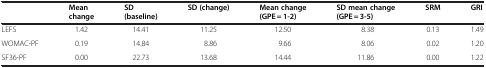
|  | Mean change | SD (baseline) | SD (change) | Mean change (GPE = 1-2) | SD mean change (GPE = 3-5) | SRM | GRI |
 | --- | --- | --- | --- | --- | --- | --- | --- |
 | LEFS | 1.42 | 14.41 | 11.25 | 12.50 | 8.38 | 0.13 | 1.49 |
 | WOMAC-PF | 0.19 | 14.84 | 8.86 | 9.66 | 8.06 | 0.02 | 1.20 |
 | SF36-PF | 0.00 | 22.73 | 13.68 | 14.44 | 11.86 | 0.00 | 1.22 |